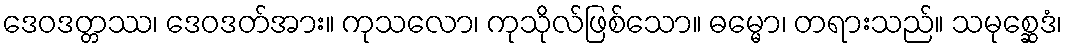
ဒေဝဒတ္တဿ၊ ဒေဝဒတ်အား။ ကုသလော၊ ကုသိုလ်ဖြစ်သော။ ဓမ္မော၊ တရားသည်။ သမုစ္ဆေဒံ၊